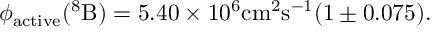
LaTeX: \phi _ { \mathrm { a c t i v e } } ( \mathrm { ^ 8 B } ) = 5 . 4 0 \times 1 0 ^ { 6 } \mathrm { c m ^ { 2 } s ^ { - 1 } } ( 1 \pm 0 . 0 7 5 ) .